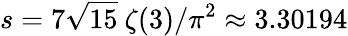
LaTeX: s=7\sqrt{15}~\zeta(3)/\pi^{2}\approx 3.30194